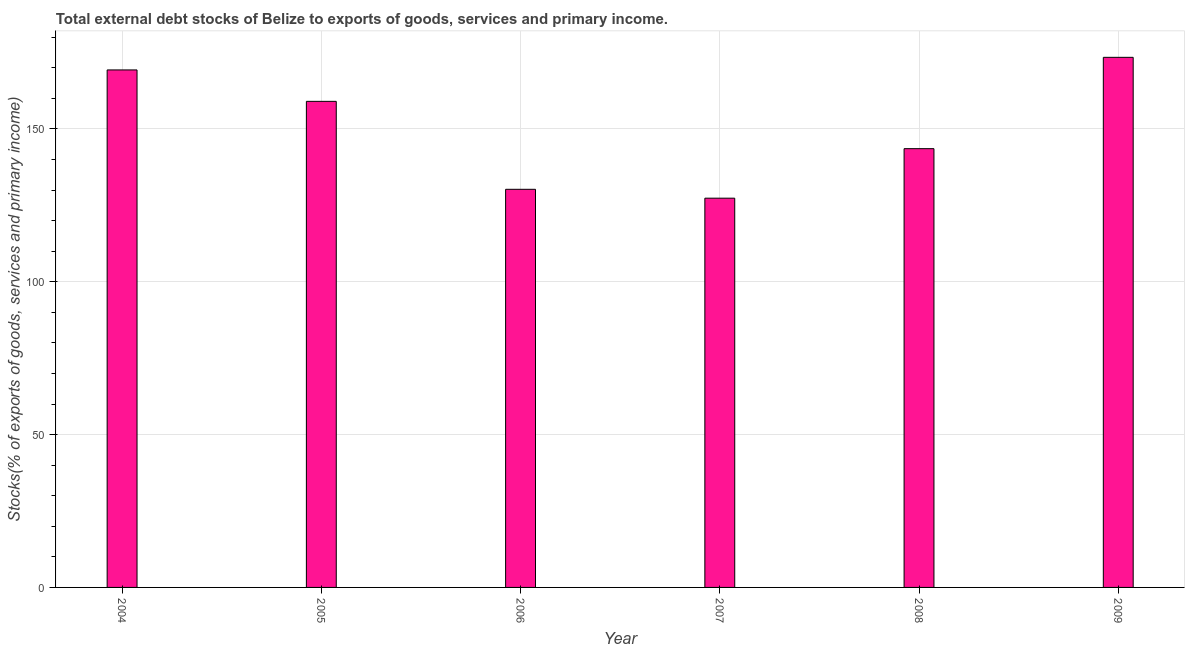
| Year | External debt stocks (% of exports of goods |
 | --- | --- |
 | 2004 | 169 |
 | 2005 | 159 |
 | 2006 | 130 |
 | 2007 | 127 |
 | 2008 | 144 |
 | 2009 | 173 |